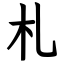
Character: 札